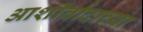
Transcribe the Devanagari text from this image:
आशीर्वादाच्या